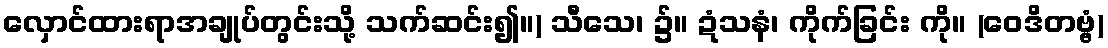
လှောင်ထားရာအချုပ်တွင်းသို့ သက်ဆင်း၍။) သီသေ၊ ၌။ ဍံသနံ၊ ကိုက်ခြင်း ကို။ (ဝေဒိတဗ္ဗံ)